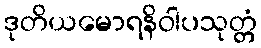
ဒုတိယမောရနိဝါပသုတ္တံ